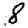
Digit: 8